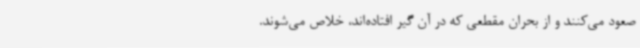
صعود می‌کنند و از بحران مقطعی که در آن گیر افتاده‌اند، خلاص می‌شوند.